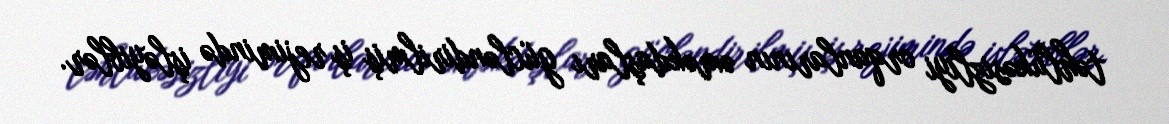
təhlükəsizliyi orqanlarının əməkdaşları gücləndirilmiş iş rejimində işləyiblər.